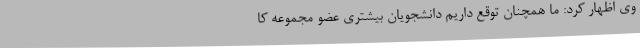
وی اظهار کرد: ما همچنان توقع داریم دانشجویان بیشتری عضو مجموعه کا